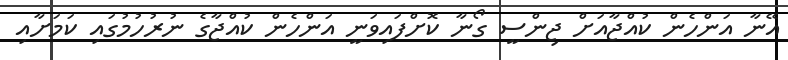
އޭނާ އަންހެން ކުއްޖާއަށް ޖިންސީ ގޯނާ ކޮށްފައިވަނީ އަންހެން ކުއްޖާގެ ނުރުހުމުގައި ކަމަށާއި